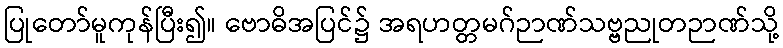
ပြုတော်မူကုန်ပြီး၍။ ဗောဓိအပြင်၌ အရဟတ္တမဂ်ဉာဏ်သဗ္ဗညုတဉာဏ်သို့